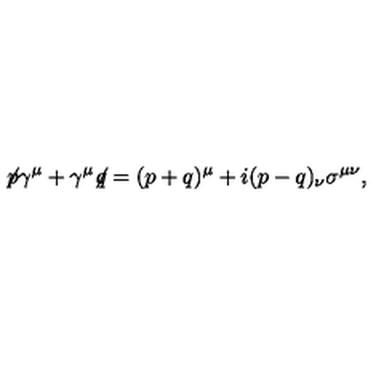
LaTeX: \not { \! p } \gamma ^ { \mu } + \gamma ^ { \mu } \! \! \not { \! q } = ( p + q ) ^ { \mu } + i ( p - q ) _ { \nu } \sigma ^ { \mu \nu } ,